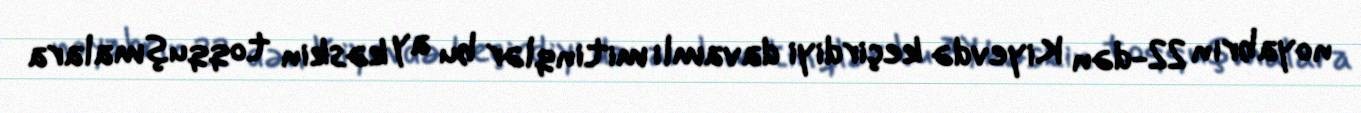
noyabrın 22-dən Kiyevdə keçirdiyi davamlı mitinqlər bu ay kəskin toqquşmalara